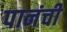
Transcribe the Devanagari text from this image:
पानंची